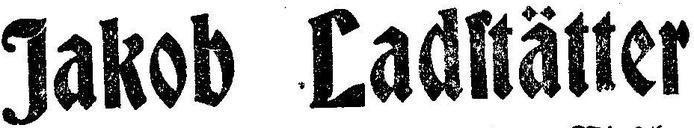
Jakob Ladstätter